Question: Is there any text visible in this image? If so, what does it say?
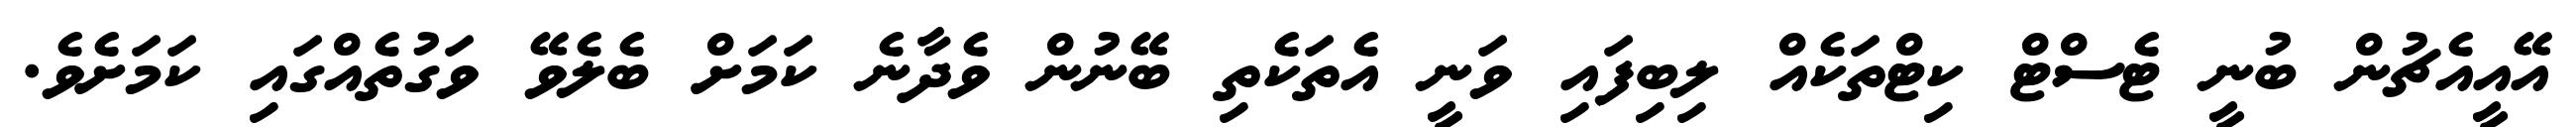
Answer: އޭއީއެޗުން ބުނީ ޓެސްޓް ކިޓްތަކެއް ލިބިފައި ވަނީ އެތަކެތި ބޭނުން ވެދާނެ ކަމަށް ބެލެވޭ ވަގުތެއްގައި ކަމަށެވެ.